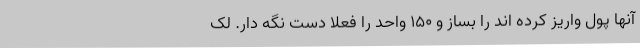
آنها پول واریز کرده اند را بساز و ۱۵۰ واحد را فعلا دست نگه دار. لک